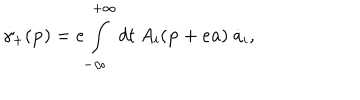
\gamma _ { + } ( { \bf p } ) = e \int _ { - \infty } ^ { + \infty } d t ~ A _ { i } ( { \bf p } + e { \bf a } ) ~ \dot { a } _ { i } ,